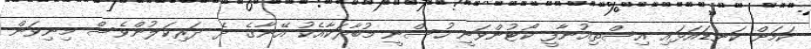
ކަމަށް ކަނޑައަޅައި އިސްތިއުނާފީ ކޯޓުންވަނީ ހުސްނީ މުބާރަކާއެކު އޭނާގެ ދެ ދަރިކަލުންވެސް މިނިވަން